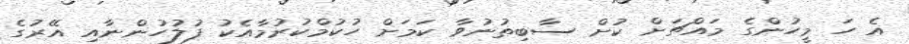
އެ ހަ މީހުންގެ މައްޗަށް ކުށް ސާބިތުނުވާ ކަމަށް ހުކުމްކުރުމާއެކު ފުލުހުންނާއި އޭރުގެ